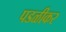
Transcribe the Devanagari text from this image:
पडळीकर